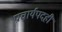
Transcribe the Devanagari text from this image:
प्राचार्यपदही